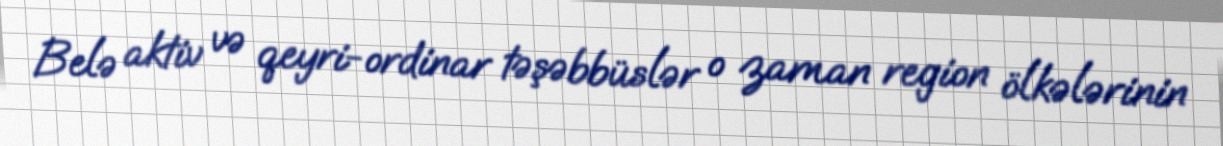
Belə aktiv və qeyri-ordinar təşəbbüslər o zaman region ölkələrinin